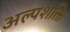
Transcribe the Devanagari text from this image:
अल्पशक्ति